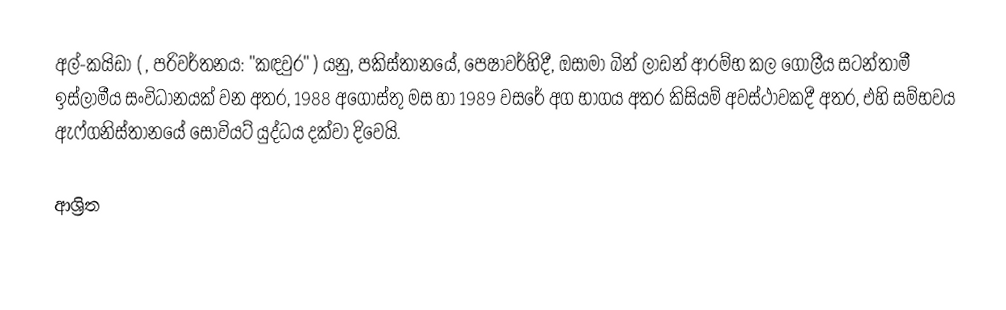
අල්-කයිඩා (  ,  පරිවර්තනය: "කඳවුර" ) යනු, පකිස්තානයේ, පෙෂාවර්හිදී,  ඔසාමා බින් ලාඩන් ආරම්භ කල ගෝලීය සටන්තාමී ඉස්ලාමීය සංවිධානයක් වන අතර,      1988 අගෝස්තු මස හා  1989 වසරේ අග භාගය අතර කිසියම් අවස්ථාවකදී අතර, එහි සම්භවය  ඇෆ්ගනිස්තානයේ සෝවියට් යුද්ධය දක්වා දිවෙයි.

ආශ්‍රිත